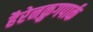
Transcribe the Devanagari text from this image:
हैरेनक्रुगपार्क